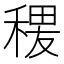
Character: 𱶖